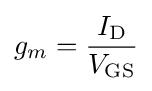
g_{m}={I_{\mathrm {D} } \over V_{\mathrm {GS} }}